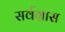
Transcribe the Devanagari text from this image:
सर्वग्रास